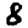
Digit: 8